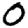
Digit: 0